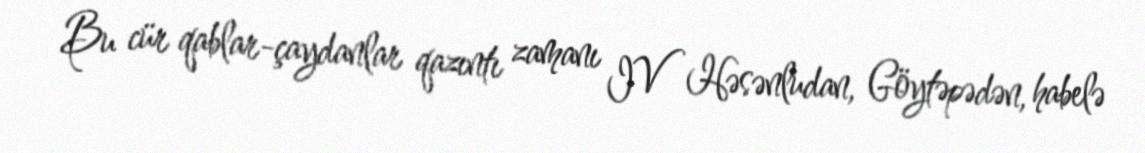
Bu cür qablar-çaydanlar qazıntı zamanı IV Həsənludan, Göytəpədən, habelə